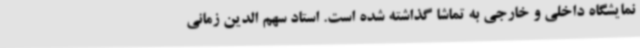
نمایشگاه داخلی و خارجی به تماشا گذاشته شده است. استاد سهم الدین زمانی